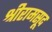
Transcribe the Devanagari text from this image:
श्रीरामसूद